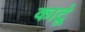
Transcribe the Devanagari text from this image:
काटूं